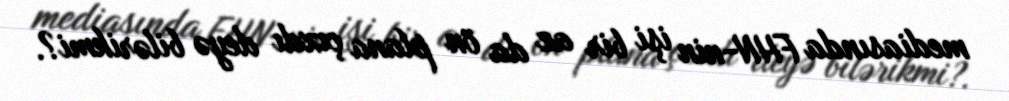
mediasında FHN-nin işi bir az da ön plana çıxdı deyə bilərikmi?.